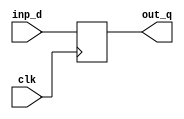
// test project for revising the verilog

module  d_flipflop ( out_q , clk , inp_d);

input wire inp_d;
input wire clk;
output reg out_q;

always @(posedge clk)
begin
    out_q <= inp_d;
end

endmodule